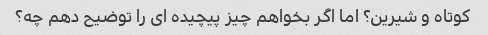
کوتاه و شیرین؟ اما اگر بخواهم چیز پیچیده ای را توضیح دهم چه؟